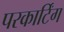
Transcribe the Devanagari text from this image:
परकार्टिंग